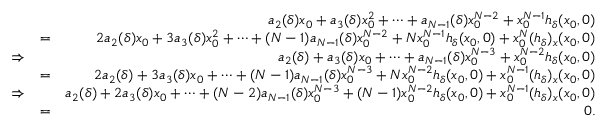
\begin{array} { r l r } & { } & { a _ { 2 } ( \delta ) x _ { 0 } + a _ { 3 } ( \delta ) x _ { 0 } ^ { 2 } + \cdots + a _ { N - 1 } ( \delta ) x _ { 0 } ^ { N - 2 } + x _ { 0 } ^ { N - 1 } h _ { \delta } ( x _ { 0 } , 0 ) } \\ & { = } & { 2 a _ { 2 } ( \delta ) x _ { 0 } + 3 a _ { 3 } ( \delta ) x _ { 0 } ^ { 2 } + \cdots + ( N - 1 ) a _ { N - 1 } ( \delta ) x _ { 0 } ^ { N - 2 } + N x _ { 0 } ^ { N - 1 } h _ { \delta } ( x _ { 0 } , 0 ) + x _ { 0 } ^ { N } ( h _ { \delta } ) _ { x } ( x _ { 0 } , 0 ) } \\ { \Rightarrow } & { } & { a _ { 2 } ( \delta ) + a _ { 3 } ( \delta ) x _ { 0 } + \cdots + a _ { N - 1 } ( \delta ) x _ { 0 } ^ { N - 3 } + x _ { 0 } ^ { N - 2 } h _ { \delta } ( x _ { 0 } , 0 ) } \\ & { = } & { 2 a _ { 2 } ( \delta ) + 3 a _ { 3 } ( \delta ) x _ { 0 } + \cdots + ( N - 1 ) a _ { N - 1 } ( \delta ) x _ { 0 } ^ { N - 3 } + N x _ { 0 } ^ { N - 2 } h _ { \delta } ( x _ { 0 } , 0 ) + x _ { 0 } ^ { N - 1 } ( h _ { \delta } ) _ { x } ( x _ { 0 } , 0 ) } \\ { \Rightarrow } & { } & { a _ { 2 } ( \delta ) + 2 a _ { 3 } ( \delta ) x _ { 0 } + \cdots + ( N - 2 ) a _ { N - 1 } ( \delta ) x _ { 0 } ^ { N - 3 } + ( N - 1 ) x _ { 0 } ^ { N - 2 } h _ { \delta } ( x _ { 0 } , 0 ) + x _ { 0 } ^ { N - 1 } ( h _ { \delta } ) _ { x } ( x _ { 0 } , 0 ) } \\ & { = } & { 0 . } \end{array}